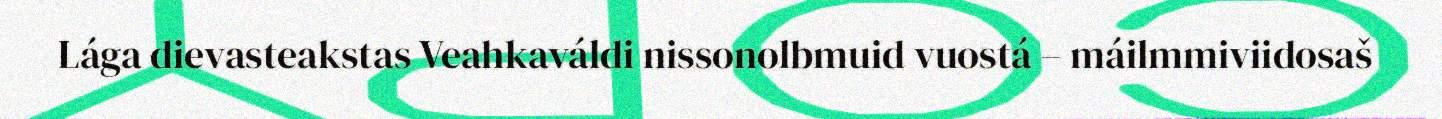
Lága dievasteakstas Veahkaváldi nissonolbmuid vuostá – máilmmiviidosaš